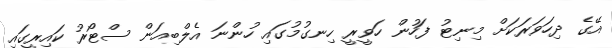
އޭގެ ދިހަވަރަކަށް މިނިޓު ފަހުން ހަވީރީ ހިނގުމުގައި ހުންނަ އެލްބިއަން ސްޓޯރު ކައިރީގައި